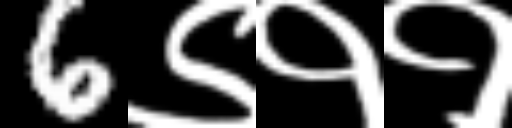
Text: 6९११